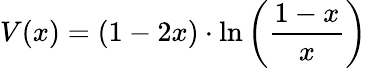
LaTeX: V(x)=(1-2x)\cdot\ln\left({\frac{1-x}{x}}\right)